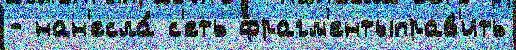
- нан'есла́ с'еть фрагм'ентыправ'ить